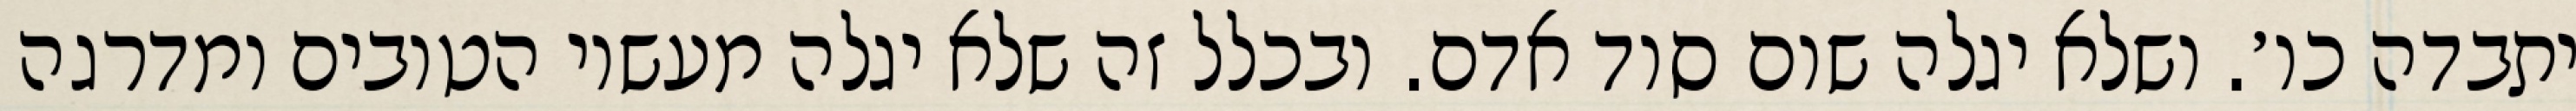
יתבדה כו׳. ושלא יגלה שום סוד אדם. ובכלל זה שלא יגלה מעשיו הטובים ומדרגה